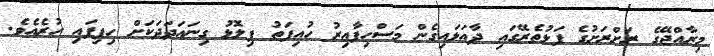
މިރާއްޖޭގެ ރަށްރަށުގެ ފަޅުތެރޭގައި ދާއަޅައިގެން މަސްހިފާއިރު ހުއިފަތު ފިލޮޅު ގިނައަދަދަކަށް ހިފިފައި ހުރެއެވެ.